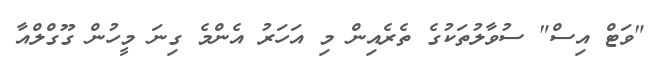
"ވަޓް އިސް" ސުވާލުތަކުގެ ތެރެއިން މި އަހަރު އެންމެ ގިނަ މީހުން ގޫގްލްއާ